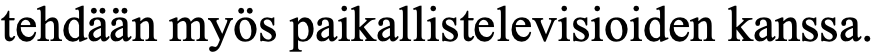
tehdään myös paikallistelevisioiden kanssa.